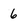
Character: 6